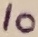
Text: 10